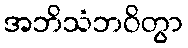
အဘိသံဘဝိတွာ